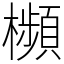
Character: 㰋